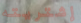
إشتريته